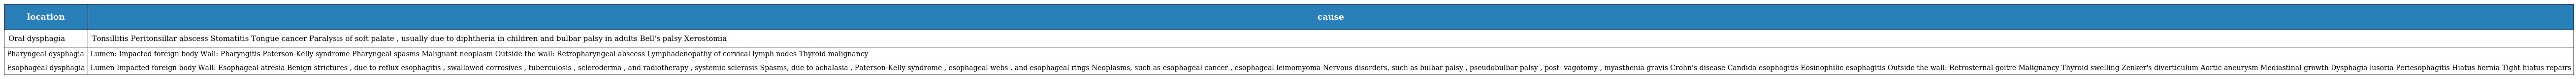
| location | cause |
 | --- | --- |
 | Oral dysphagia | Tonsillitis Peritonsillar abscess Stomatitis Tongue cancer Paralysis of soft palate , usually due to diphtheria in children and bulbar palsy in adults Bell's palsy Xerostomia |
 | Pharyngeal dysphagia | Lumen: Impacted foreign body Wall: Pharyngitis Paterson-Kelly syndrome Pharyngeal spasms Malignant neoplasm Outside the wall: Retropharyngeal abscess Lymphadenopathy of cervical lymph nodes Thyroid malignancy |
 | Esophageal dysphagia | Lumen Impacted foreign body Wall: Esophageal atresia Benign strictures , due to reflux esophagitis , swallowed corrosives , tuberculosis , scleroderma , and radiotherapy , systemic sclerosis Spasms, due to achalasia , Paterson-Kelly syndrome , esophageal webs , and esophageal rings Neoplasms, such as esophageal cancer , esophageal leimomyoma Nervous disorders, such as bulbar palsy , pseudobulbar palsy , post- vagotomy , myasthenia gravis Crohn's disease Candida esophagitis Eosinophilic esophagitis Outside the wall: Retrosternal goitre Malignancy Thyroid swelling Zenker's diverticulum Aortic aneurysm Mediastinal growth Dysphagia lusoria Periesophagitis Hiatus hernia Tight hiatus repairs |